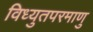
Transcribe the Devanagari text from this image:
विध्युतपरमाणु